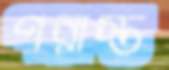
পরাস্ত